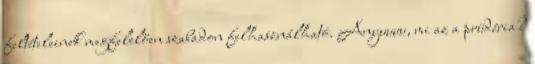
feltételeinek megfelelően szabadon felhasználható. Anyuuuu, mi az a prüdéria?